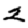
Digit: 2